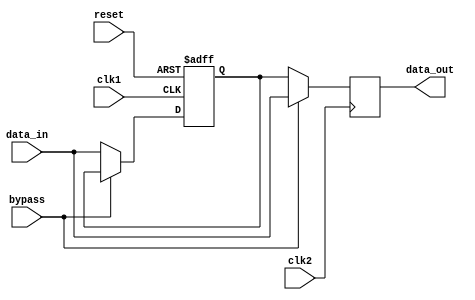
module CascadeBypassRegister (
    input wire clk1,
    input wire clk2,
    input wire reset,
    input wire bypass,
    input wire [31:0] data_in,
    output reg [31:0] data_out
);

reg [31:0] register;

always @(posedge clk1 or posedge reset) begin
    if (reset) begin
        register <= 32'b0;
    end else begin
        if (!bypass) begin
            register <= data_in;
        end
    end
end

always @(posedge clk2) begin
    if (bypass) begin
        data_out <= data_in;
    end else begin
        data_out <= register;
    end
end

endmodule